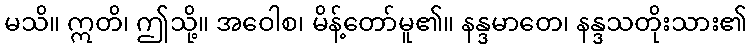
မသိ။ ဣတိ၊ ဤသို့။ အဝေါစ၊ မိန့်တော်မူ၏။ နန္ဒမာတေ၊ နန္ဒသတိုးသား၏